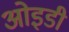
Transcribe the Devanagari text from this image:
ओइडी